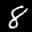
Label: 8